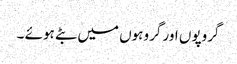
گروپوں اور گروہوں میں بٹے ہوئے ۔